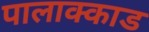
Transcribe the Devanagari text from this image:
पालाक्काड